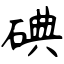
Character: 碘